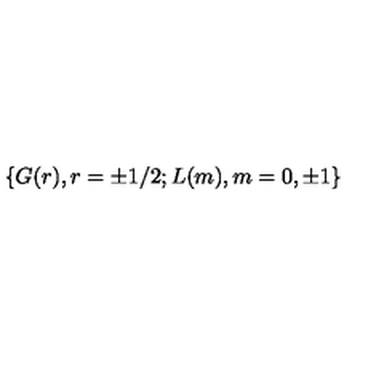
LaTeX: \{ G ( r ) , r = \pm 1 / 2 ; L ( m ) , m = 0 , \pm 1 \}